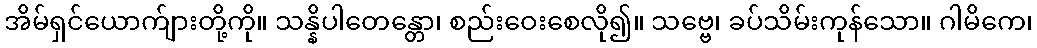
အိမ်ရှင်ယောက်ျားတို့ကို။ သန္နိပါတေန္တော၊ စည်းဝေးစေလို၍။ သဗ္ဗေ၊ ခပ်သိမ်းကုန်သော။ ဂါမိကေ၊